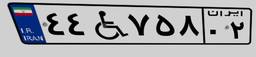
۴۴W۳۸۲۴۱